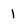
Character: 1